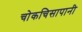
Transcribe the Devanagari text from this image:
चोकचिसापानी